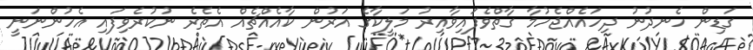
ގަޑިން ހެނދުނު ދިހައެއްޖެހުމާ ގާތްވެފައިވާއިރު މަލީކާގެ އަރުން ކާއެއްޗެއް އެތެރެ ނުކުރެވިފައި އެހުންނަނީ